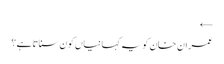
←
عمران خان کو یہ کہانیاں کون سناتاہے؟